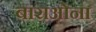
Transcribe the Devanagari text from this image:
बाराओना